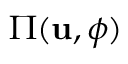
\Pi ( \mathbf { u } , \phi )